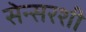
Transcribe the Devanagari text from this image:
सेन्सरशी